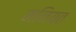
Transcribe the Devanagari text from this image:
मनियत